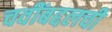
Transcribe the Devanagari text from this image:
चवींबद्दलची